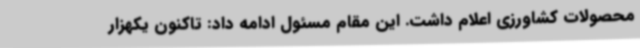
محصولات کشاورزی اعلام داشت. این مقام مسئول ادامه داد: تاکنون یکهزار